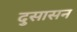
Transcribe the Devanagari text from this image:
दुसासन